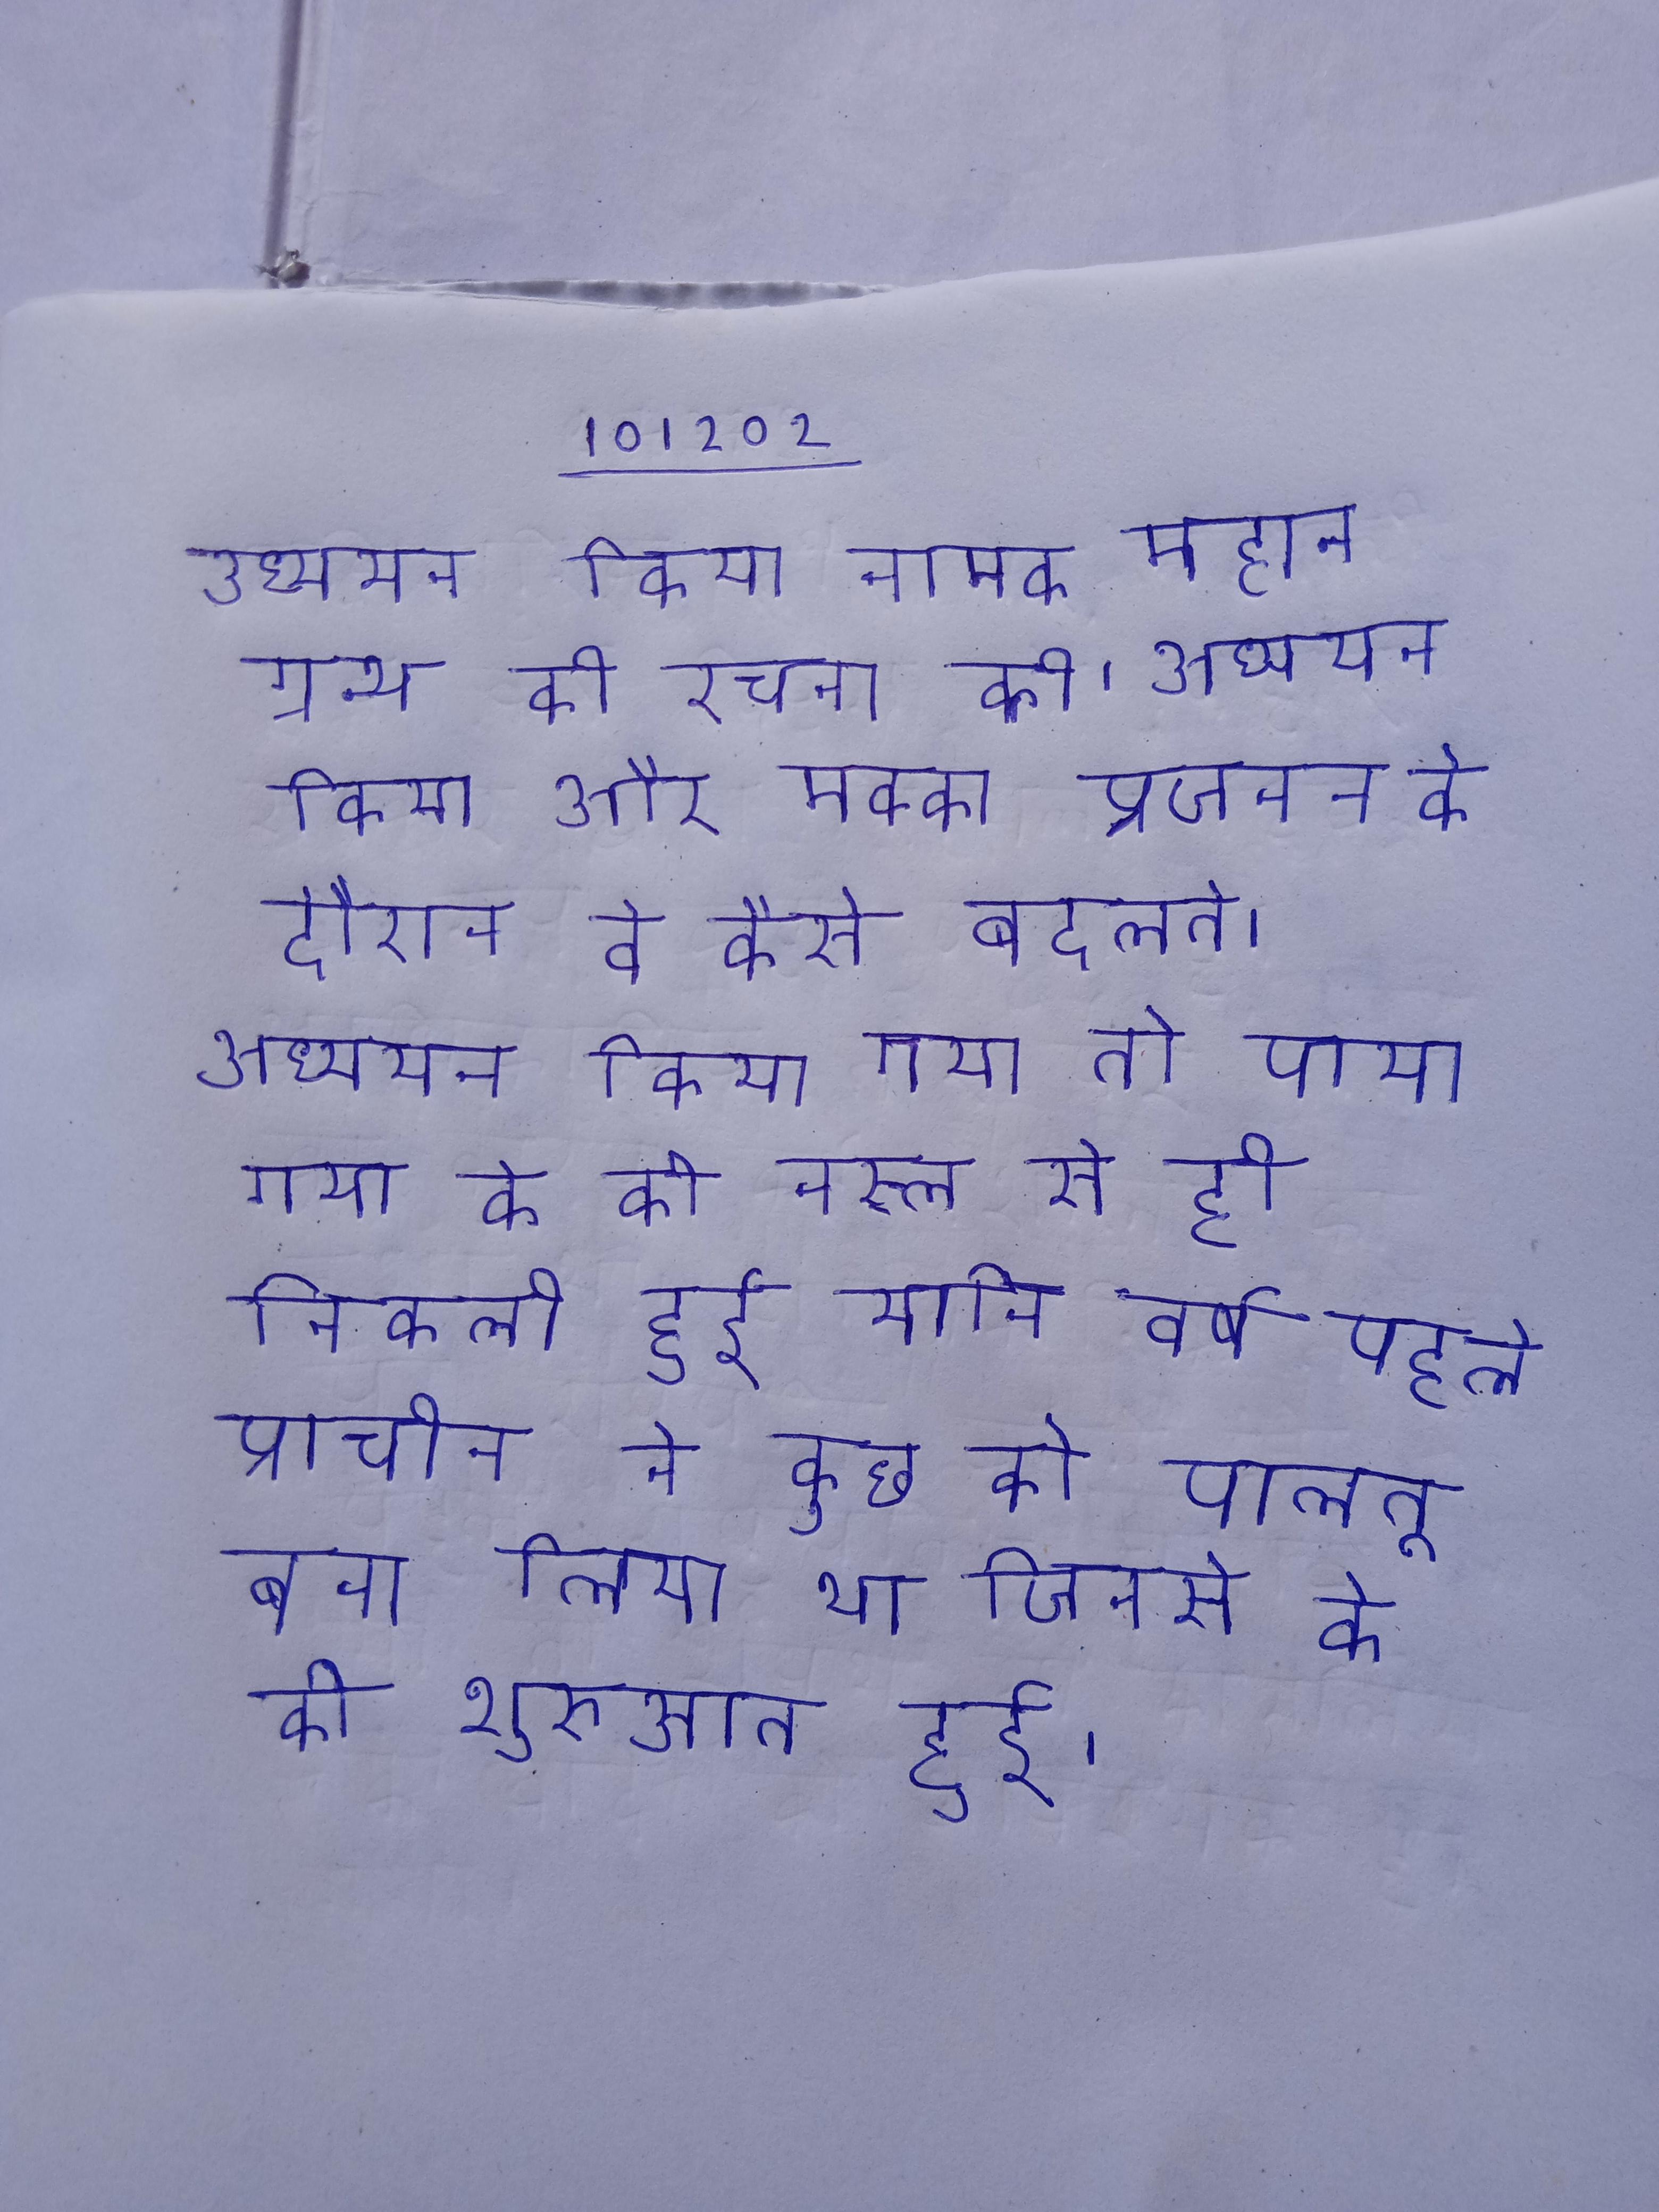
अध्ययन किया नामक महान ग्रन्थ की रचना की । अध्ययन किया और मक्का प्रजनन के दौरान वे कैसे बदलते । अध्ययन किया गया तो पाया गया के की नस्ल से ही निकली हुई यानि वर्ष पहले प्राचीन ने कुछ को पालतू बना लिया था जिनसे के की शुरुआत हुई ।